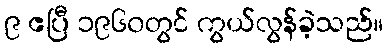
၉ ဧပြီ ၁၉၆၀တွင် ကွယ်လွန်ခဲ့သည်။